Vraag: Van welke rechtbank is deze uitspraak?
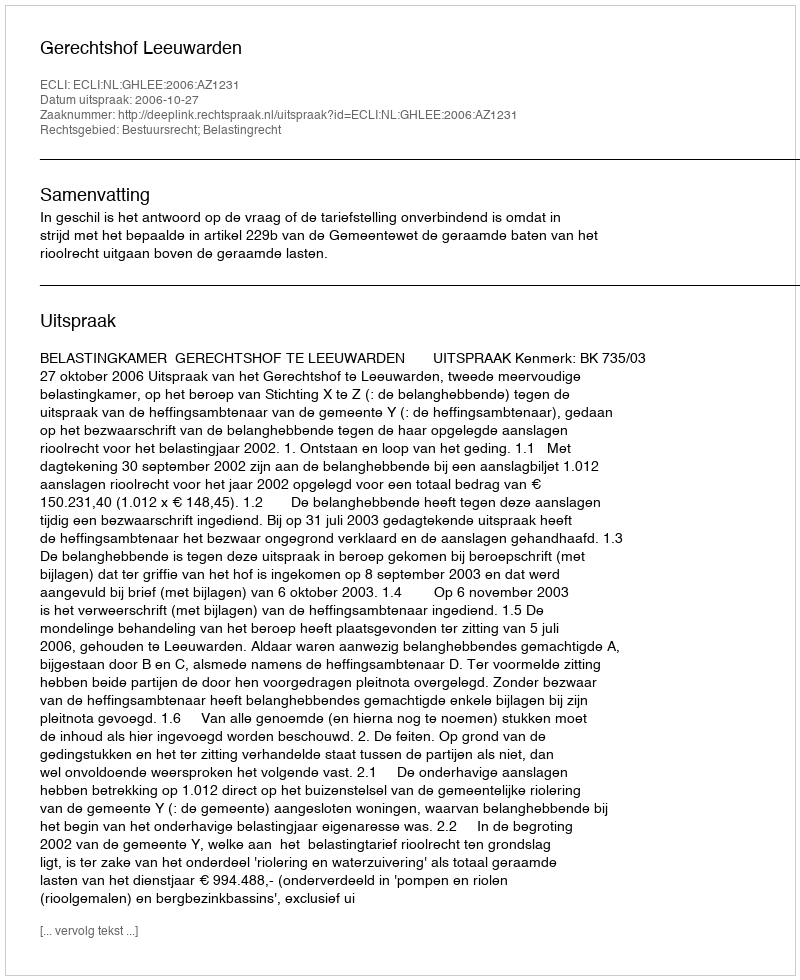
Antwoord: Gerechtshof Leeuwarden